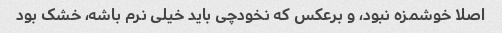
اصلا خوشمزه نبود، و برعکس که نخودچی باید خیلی نرم باشه، خشک بود